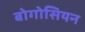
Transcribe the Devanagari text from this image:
बोगोसियन